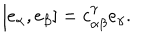
[ e _ { \alpha } , e _ { \beta } ] = c _ { \alpha \beta } ^ { \gamma } e _ { \gamma } .